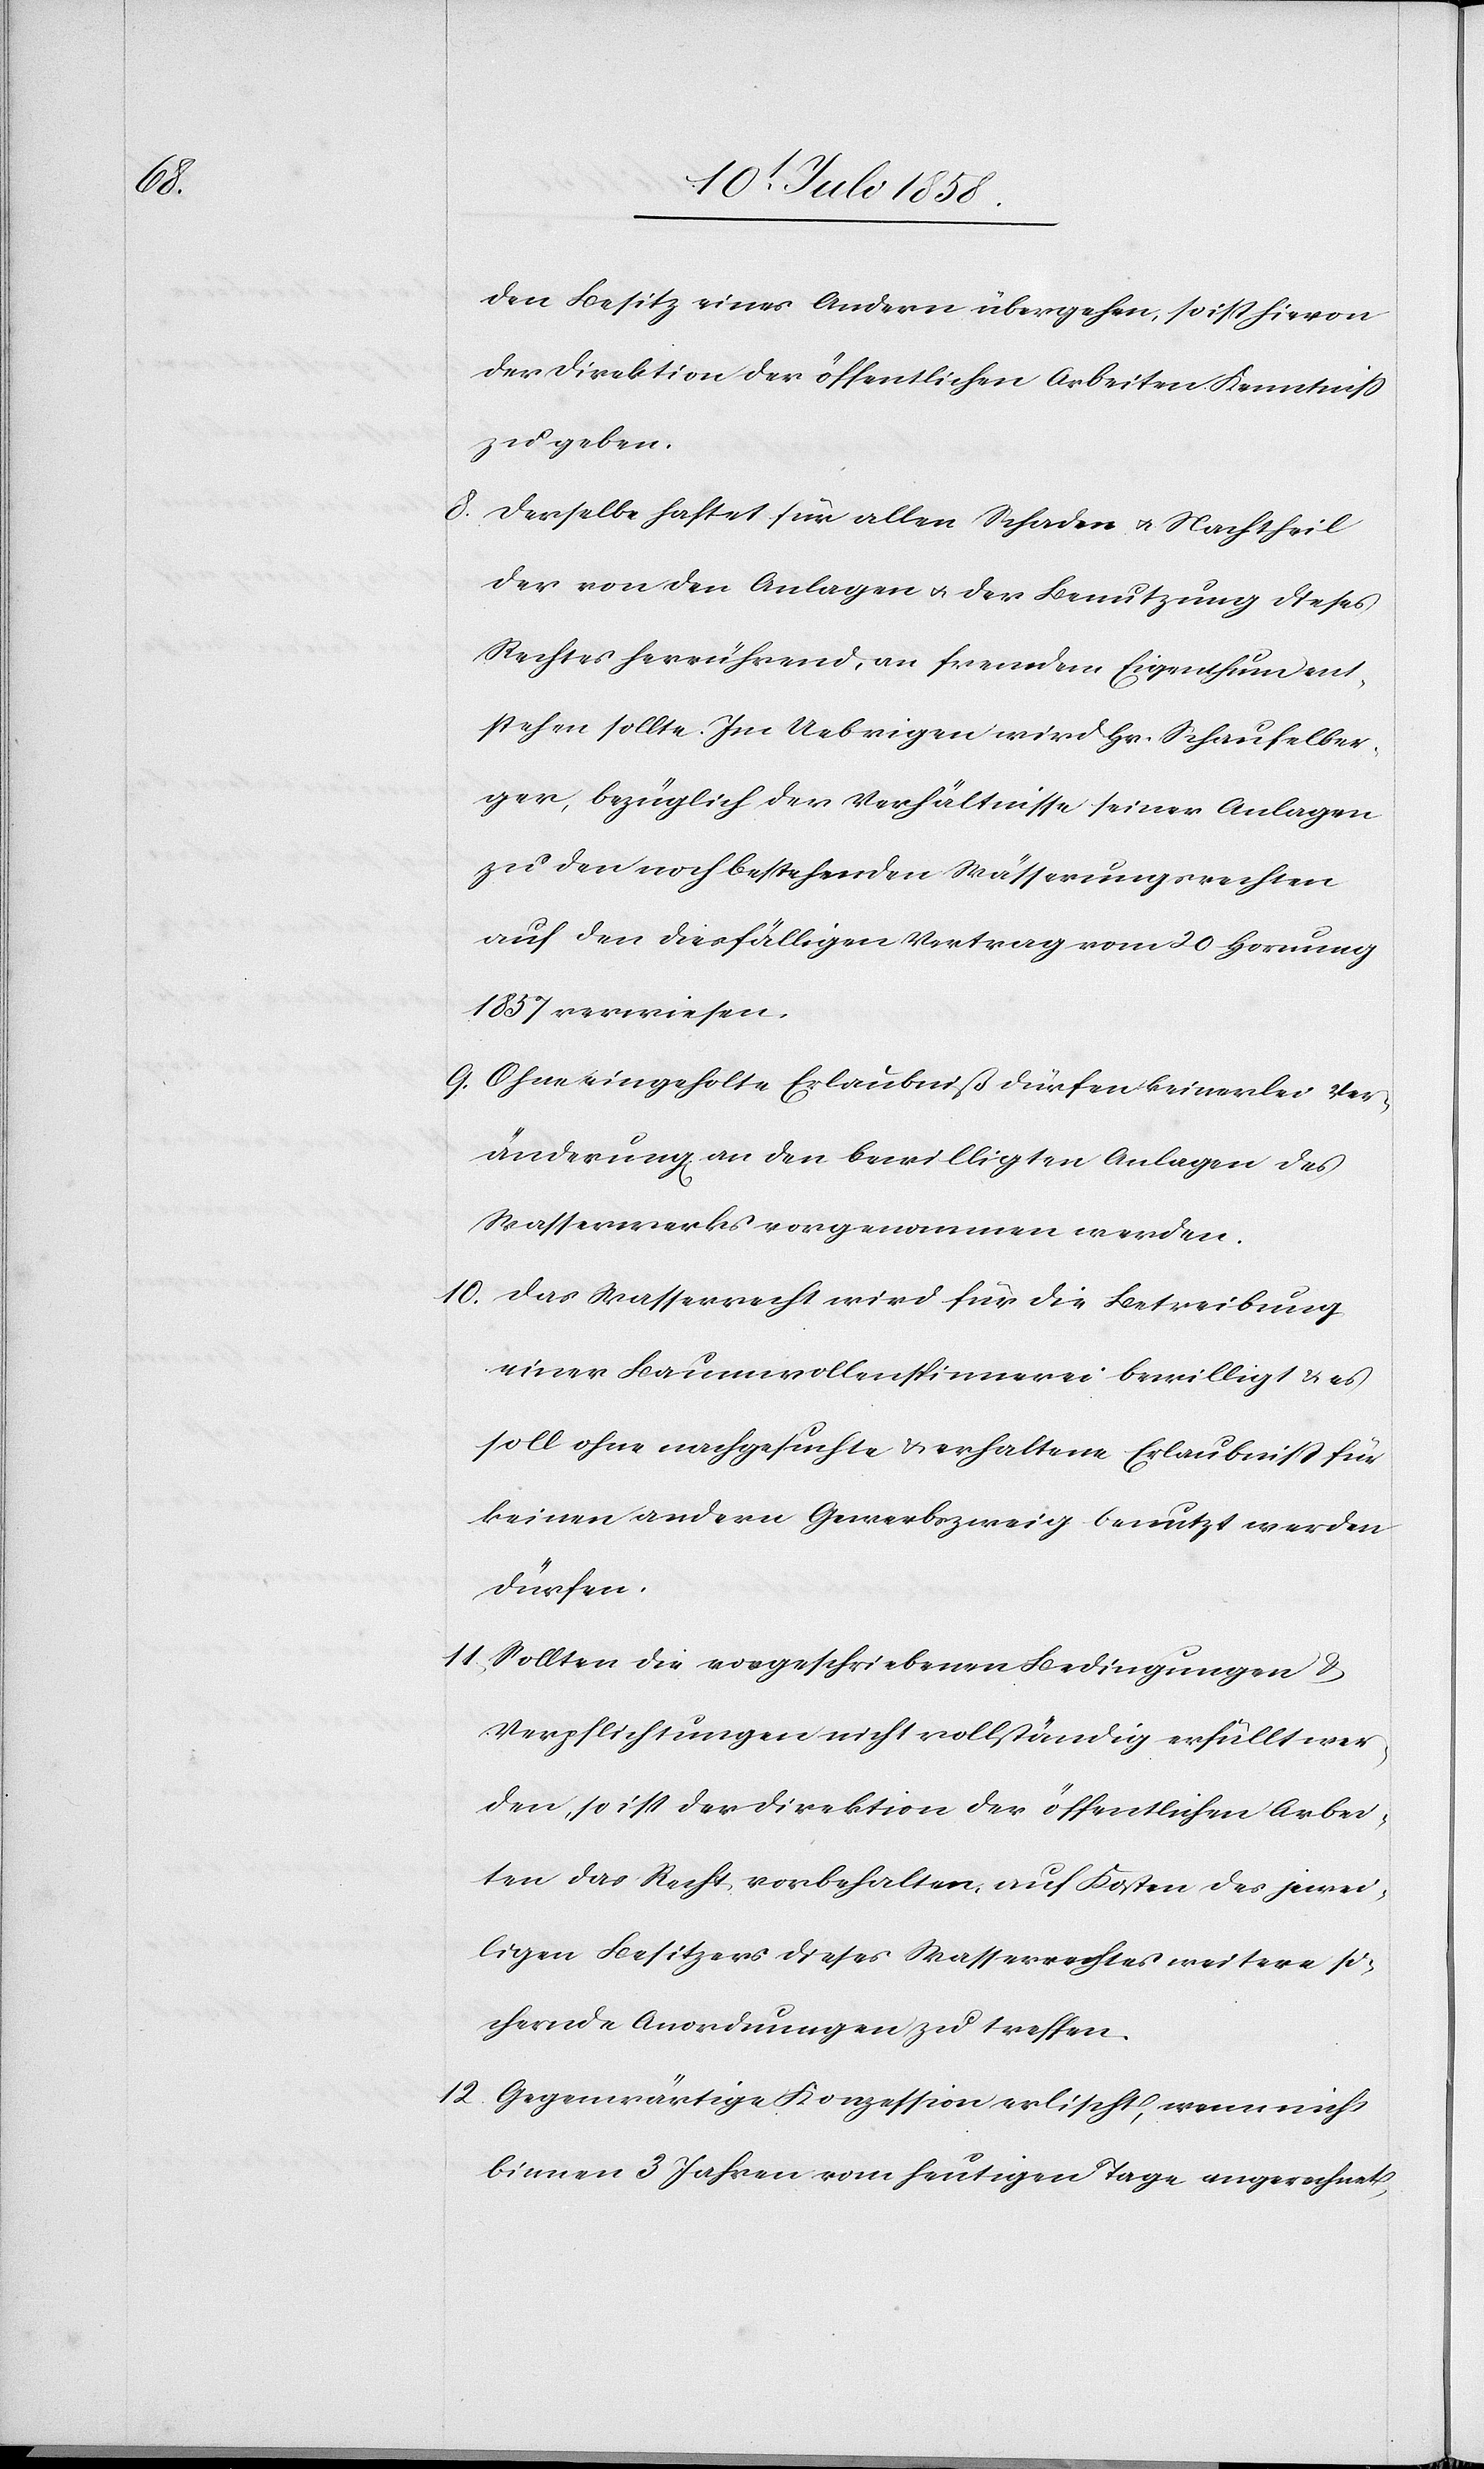
12.

den Besitz eines Andern übergehen, so ist hievon
der Direktion der öffentlichen Arbeiten Kenntniss
zu geben.
Derselbe haftet für allen Schaden & Nachtheil
der von den Anlagen & der Benutzung dieses
Rechtes herrührend, an fremdem Eigenthum ent¬
stehen sollte. Im Uebrigen wird Hr. Schaufelber¬
ger, bezüglich der Verhältnisse seiner Anlagen
zu den noch bestehenden Wässerungsrechten
auf den diesfälligen Vertrag vom 20 Hornung
1857 verwiesen.
Ohne eingeholte Erlaubniß dürfen keinerlei Ver¬
änderung[en] an den bewilligten Anlagen des
Wasserwerks vorgenommen werden.
einer Baumwollenspinnerei bewilligt & es
soll ohne nachgesuchte & erhaltene Erlaubniss für
keinen andern Gewerbszweig benutzt werden
dürfen.
Sollten die vorgeschriebenen Bedingungen &
Verpflichtungen nicht vollständig erfüllt wer¬
den, so ist der Direktion der öffentlichen Arbei¬
ten das Recht vorbehalten, auf Kosten des jewei¬
ligen Besitzers dieses Wasserrechtes weitere si¬
chernde Anordnungen zu treffen.
Gegenwärtige Konzession erlischt, wenn nicht
binnen 3 Jahren vom heutigen Tage angerechnet,